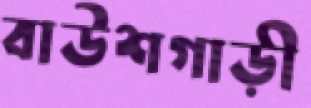
বাউশগাড়ী